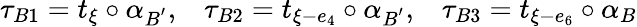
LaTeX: \tau_{B1}=t_{\xi}\circ\alpha_{B^{'}},\; \; \; \tau_{B2}=t_{\xi-e_{4}}\circ\alpha_{B^{'}},\; \; \; \tau_{B3}=t_{\xi-e_{6}}\circ\alpha_{B}